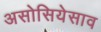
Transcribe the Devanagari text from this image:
असोसियेसाव